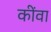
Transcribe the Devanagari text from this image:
कींवा